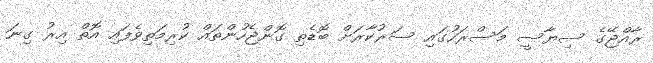
ރާއްޖޭގެ ސިޔާސީ މަސްރަހުގައި ސަރުކާރަށް ބޮޑެތި ގޮންޖެހުންތައް ކުރިމަތިވެފައި އޮތް އިރު ގިނަ